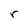
Character: r